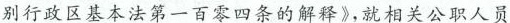
别行政区基本法第一百零四条的解释》，就相关公职人员